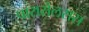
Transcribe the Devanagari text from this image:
पारासेलसस